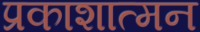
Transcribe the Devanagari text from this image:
प्रकाशात्मन